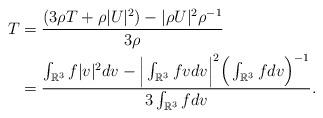
LaTeX: \begin{align*}T&=\frac{(3\rho T+\rho|U|^2)-|\rho U|^2\rho^{-1}}{3\rho}\cr&=\frac{\int_{\mathbb{R}^3}f|v|^2dv-\Big|\int_{\mathbb{R}^3}fvdv\Big|^2\Big(\int_{\mathbb{R}^3}fdv\Big)^{-1}}{3\int_{\mathbb{R}^3}fdv}.\end{align*}